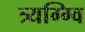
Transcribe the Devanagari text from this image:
त्र्यग्ग्वि